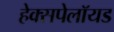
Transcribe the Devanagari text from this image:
हेक्सपेलॉयड